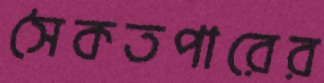
সৈকতপারের